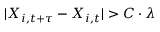
\vert X _ { i , t + \tau } - X _ { i , t } \vert > C \cdot \lambda